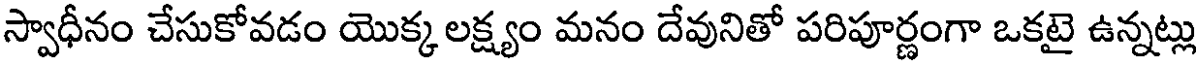
స్వాధీనం చేసుకోవడం యొక్క లక్ష్యం మనం దేవునితో పరిపూర్ణంగా ఒకటై ఉన్నట్లు